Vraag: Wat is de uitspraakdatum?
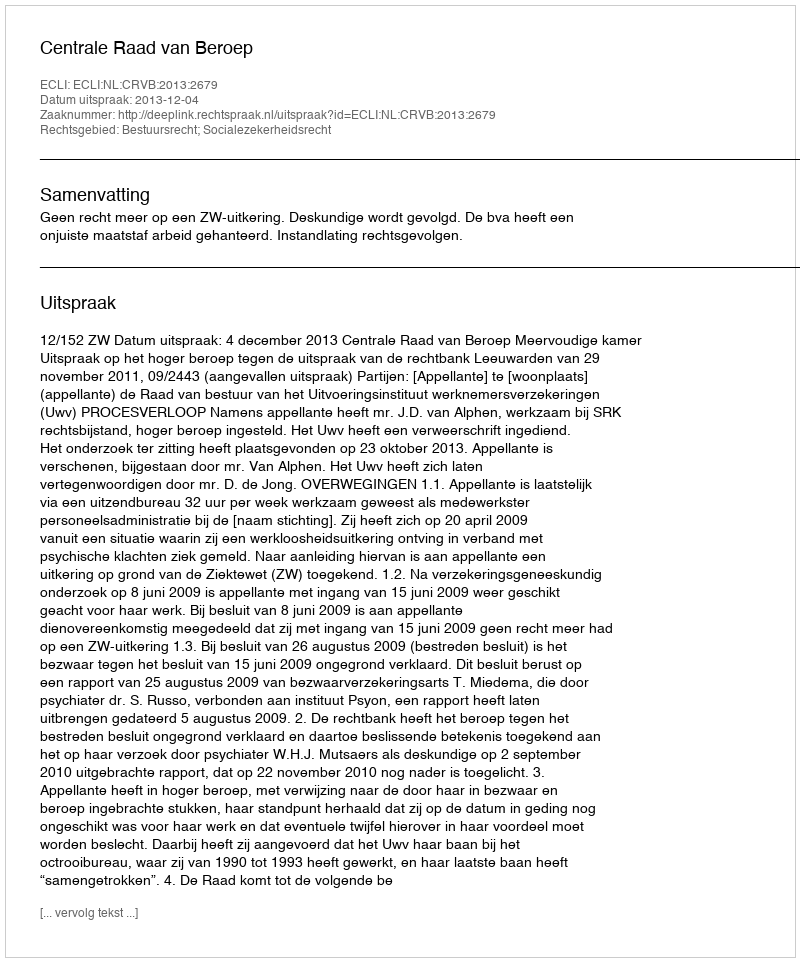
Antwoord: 2013-12-04